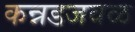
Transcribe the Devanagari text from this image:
कन्नडजवळ